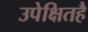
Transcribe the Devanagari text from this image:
उपेक्षितहै